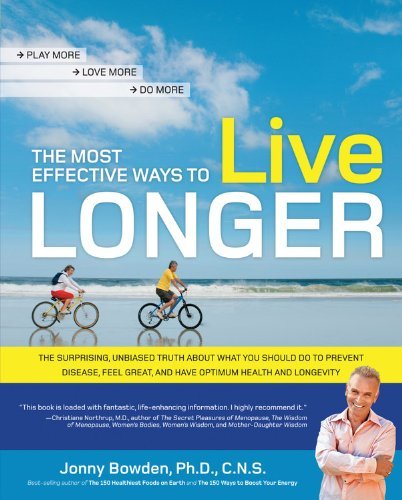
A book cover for Most Effective Ways to Live Longer Surprising, Unbiased Truth About What You Should Do to Prevent Disease, Feel Great, & Have Optimum Health & Longevity [PB,2010]; Jonny Bowden; Health, Fitness & Dieting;